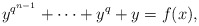
\begin{align*}y^{q^{n-1}}+\cdots+y^q+y =f(x),\end{align*}